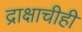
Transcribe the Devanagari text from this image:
द्राक्षाचीही